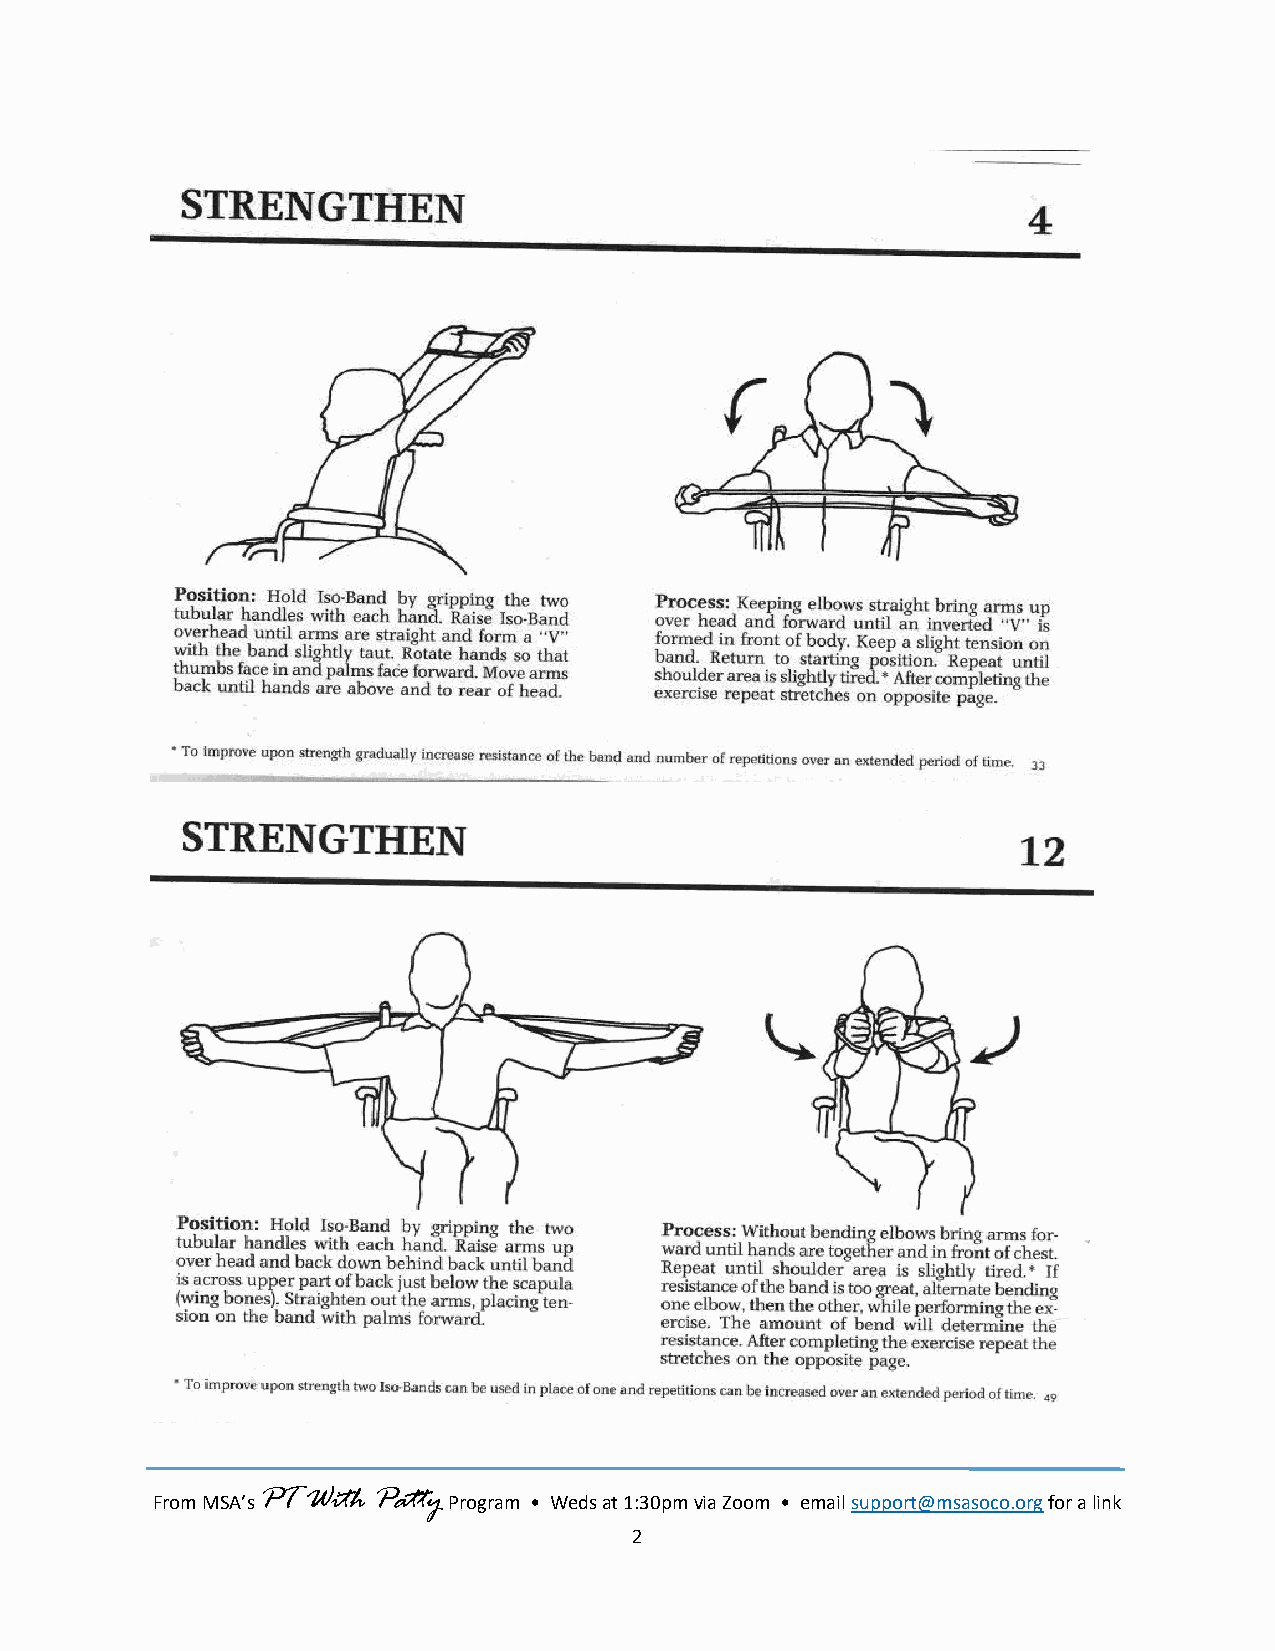
PT With Patty
 From MSA’s          Program • Weds at 1:30pm via Zoom • email support@msasoco.org for a link
 2